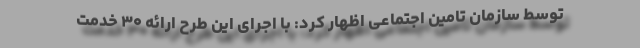
توسط سازمان تامین اجتماعی اظهار کرد: با اجرای این طرح ارائه ۳۰ خدمت